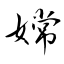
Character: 嫦